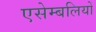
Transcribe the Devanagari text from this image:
एसेम्बलियों